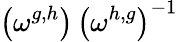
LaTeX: \left(\omega^{g,h}\right)\, \left(\omega^{h,g}\right)^{-1}